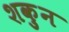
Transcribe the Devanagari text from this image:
शकुुन